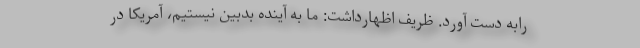
رابه دست آورد. ظریف اظهارداشت: ما به آینده بدبین نیستیم، آمریکا در